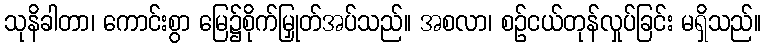
သုနိခါတာ၊ ကောင်းစွာ မြေ၌စိုက်မြှုတ်အပ်သည်။ အစလာ၊ စဉ်ငယ်တုန်လှုပ်ခြင်း မရှိသည်။